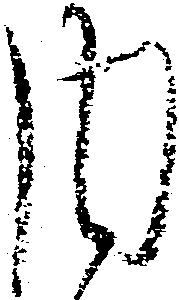
内